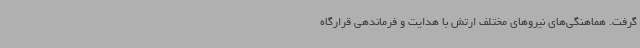
گرفت. هماهنگی‌های نیروهای مختلف ارتش با هدایت و فرماندهی قرارگاه